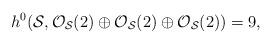
LaTeX: \begin{align*}h^0 ({\cal S}, {\cal O}_{{\cal S}}(2) \oplus {\cal O}_{{\cal S}}(2)\oplus {\cal O}_{{\cal S}}(2)) =9,\end{align*}